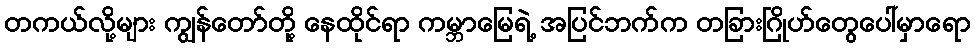
တကယ်လို့များ ကျွန်တော်တို့ နေထိုင်ရာ ကမ္ဘာမြေရဲ့ အပြင်ဘက်က တခြားဂြိုဟ်တွေပေါ်မှာရော